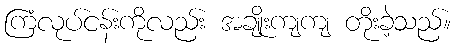
ကြံလုပ်ငန်းကိုလည်း အချိုးကျကျ တိုးခဲ့သည်။